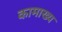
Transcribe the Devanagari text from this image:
कामाख्य